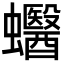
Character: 𧕪